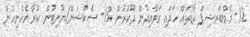
12- މެމްބަރޝިޕް ކާޑުތައް ހަދައި ގަވާއިދުން ދޫކުރުން. 13- ސެކްޝަން/ޔުނިޓުން ކުރާ އެހެނިހެން